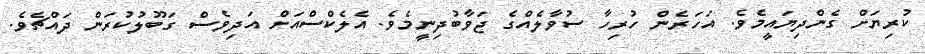
ކުރިޔަށް ގެންދިޔައީމެވެ. އަހަރެން ހުރިހާ ސުވާލެއްގެ ޖަވާބުދިނީމެވެ. އެލެކްސްއަށް އަދިވެސް ގަބޫލުކުރަން ދައްޗެވެ.